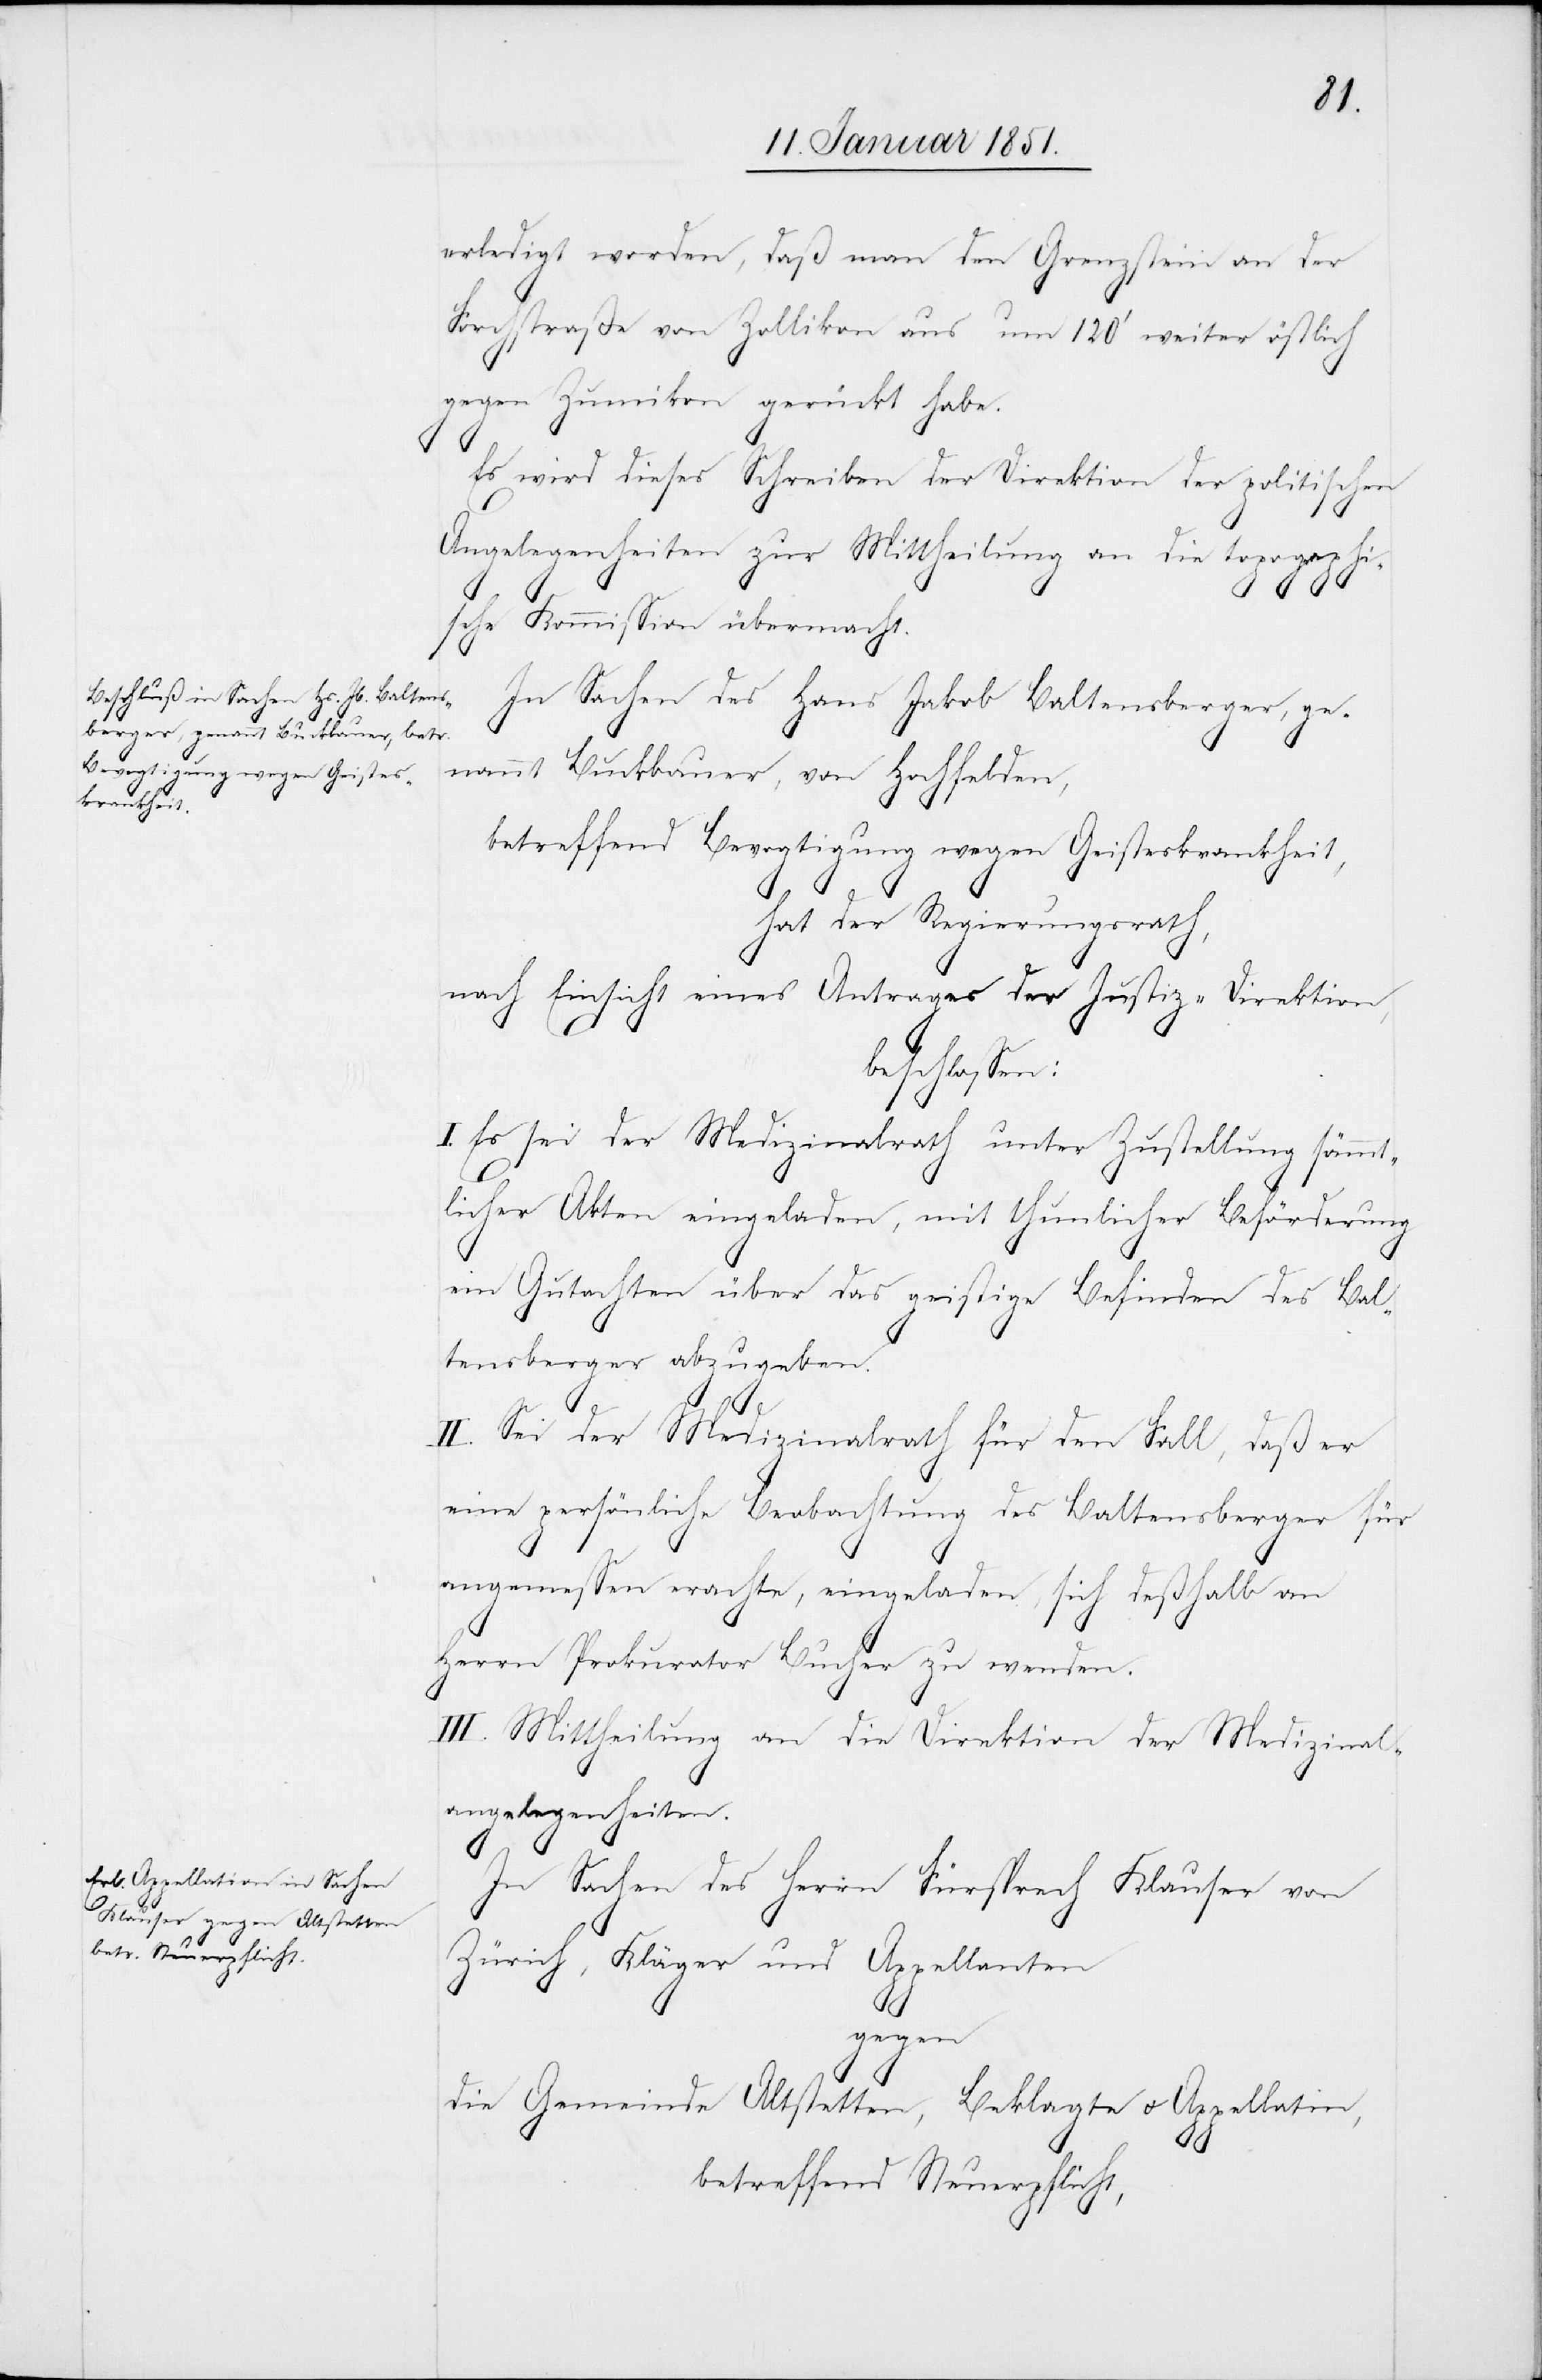
erledigt worden, daß man den Grenzstein an der
Forchstraße von Zollikon aus um 120‘ weiter östlich
gegen Zumikon gerückt habe.
Es wird dieses Schreiben der Direktion der politischen
Angelegenheiten zur Mittheilung an die topographi¬
sche Kommission übermacht.
In Sachen des Hans Jakob Baltensberger, ge¬
nannt Buckbauer, von Hochfelden,
betreffend Bevogtigung wegen Geisteskrankheit,
hat der Regierungsrath,
nach Einsicht eines Antrages der Justiz-Direktion,
beschlossen:
I. Es sei der Medizinalrath unter Zustellung sämmt¬
licher Akten eingeladen, mit thunlicher Beförderung
ein Gutachten über das geistige Befinden des Bal¬
tensberger abzugeben.
II. Sei der Medizinalrath für den Fall, daß er
eine persönliche Beobachtung des Baltensberger für
angemessen erachte, eingeladen, sich deßhalb an
Herrn Prokurator Bucher zu wenden.
III. Mittheilung an die Direktion der Medizinal¬
angelegenheiten.
In Sachen des Herrn Fürsprech Klauser von
Zürich, Kläger und Appellanten
gegen
die Gemeinde Altstetten, Beklagte u. Appellatin,
betreffend Steuerpflicht,